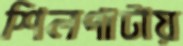
শিলপাটায়